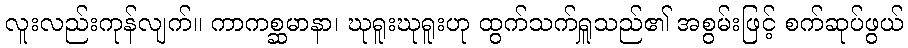
လူးလည်းကုန်လျက်။ ကာကစ္ဆမာနာ၊ ဃုရူးဃုရူးဟု ထွက်သက်ရှူသည်၏ အစွမ်းဖြင့် စက်ဆုပ်ဖွယ်